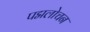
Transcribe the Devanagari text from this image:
पद्मलोचन